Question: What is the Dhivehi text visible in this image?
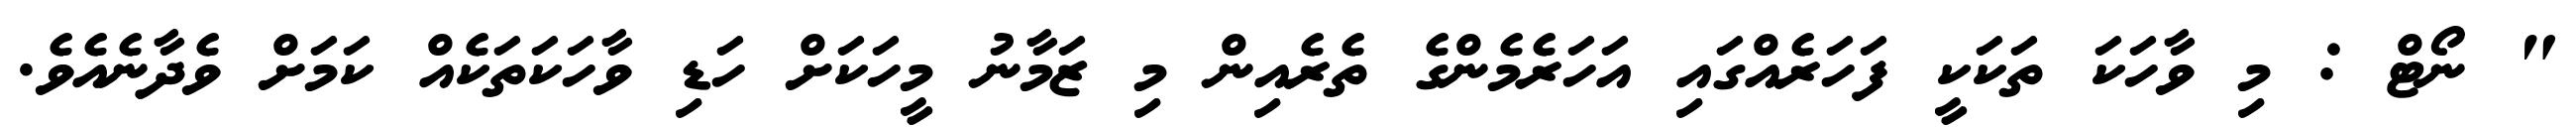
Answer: " ނޯޓް : މި ވާހަކަ ތަކަކީ ފަހަރެއްގައި އަހަރެމެންގެ ތެރެއިން މި ޒަމާނު މީހަކަށް ހަޑި ވާހަކަތަކެއް ކަމަށް ވެދާނެއެވެ.